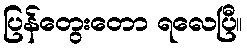
ပြန်တွေးတော ရလေပြီ။